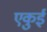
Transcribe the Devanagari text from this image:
एकुई